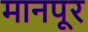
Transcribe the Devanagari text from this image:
मानपूर